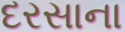
દરસાના